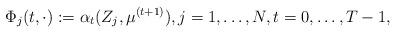
LaTeX: \begin{align*}\Phi_j(t,\cdot):=\alpha_t(Z_j,\mu^{(t+1)}), j=1,\dots, N, t =0,\dots, T-1,\end{align*}